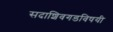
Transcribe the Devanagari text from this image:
सदाशिवगडविषयी